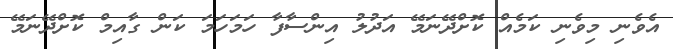
އެވެނި މިވެނި ކަމެއް ކޮށްދޭނަމޭ އަދުލު އިންސާފާ ހަމަހަމަ ކަން ގާއިމް ކޮށްދޭނަމޭ